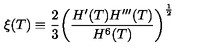
\xi ( T ) \equiv \frac { 2 } { 3 } \bigg ( \frac { H ^ { \prime } ( T ) H ^ { \prime \prime \prime } ( T ) } { H ^ { 6 } ( T ) } \bigg ) ^ { \frac { 1 } { 2 } }